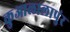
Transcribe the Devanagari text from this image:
कुआलालापुंर